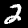
Digit: 2